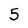
Character: 5